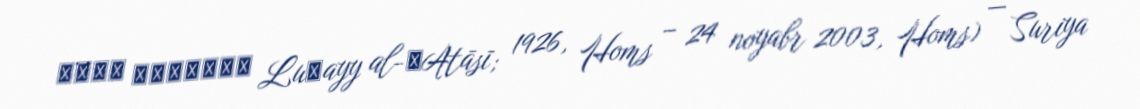
لؤيّ الأتاسي Luʾayy al-ʾAtāsī; 1926, Homs – 24 noyabr 2003, Homs) — Suriya